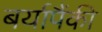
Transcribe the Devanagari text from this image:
बर्यापैंकी